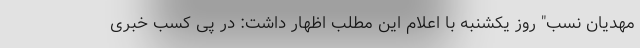
مهدیان نسب" روز یکشنبه با اعلام این مطلب اظهار داشت: در پی کسب خبری